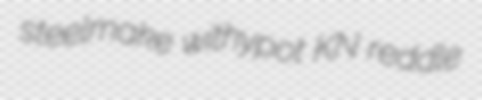
steelmake withypot KN reddle